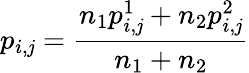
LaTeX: p_{i,\mathit{j}}=\frac{{n_{1}p_{i,\mathit{j}}^{1}+n_{2}p_{i,\mathit{j}}^{2}}}{{n_{1}+n_{2}}}